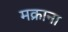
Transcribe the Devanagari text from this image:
मक्राना